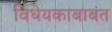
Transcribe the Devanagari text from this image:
विधेयकाबाबत